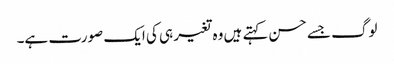
لوگ جسے حسن کہتے ہیں وہ تغیر ہی کی ایک صورت ہے۔